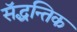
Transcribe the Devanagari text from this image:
सॅद्धन्तिक